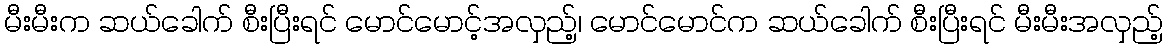
မီးမီးက ဆယ်ခေါက် စီးပြီးရင် မောင်မောင့်အလှည့်၊ မောင်မောင်က ဆယ်ခေါက် စီးပြီးရင် မီးမီးအလှည့်